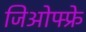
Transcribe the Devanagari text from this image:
जिओफ्फ्रे